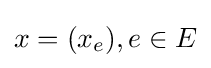
x=(x_{e}),e\in E